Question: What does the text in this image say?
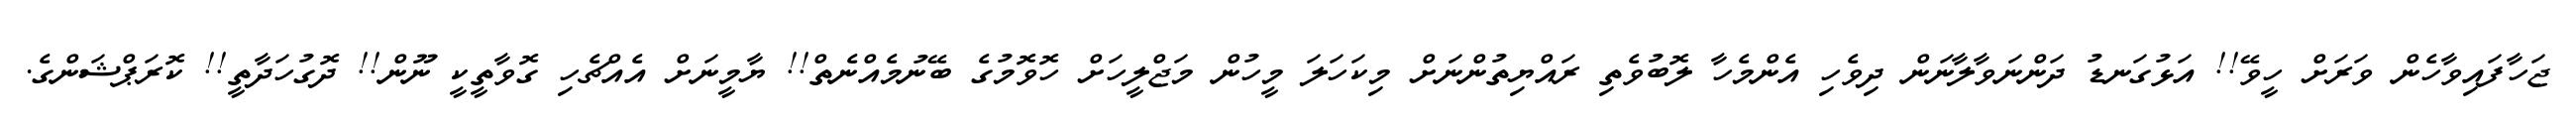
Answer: ޖަހާފައިވާހެން ވަރަށް ހީވޭ!! އަޅުގަނޑު ދަންނަވާލާނަން ދިވެހި އެންމެހާ ލޮބުވެތި ރައްޔިތުންނަށް މިކަހަލަ މީހުން މަޖްލީހަށް ހޮވޮމުގެ ބޭނުމެއްނެތް!! ޔާމީނަށް އެއްޗެހި ގޮވާތީކީ ނޫން!! ދޮގުހަދާތީ!! ކޮރަޕްޝަންގެ.